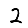
Digit: 2